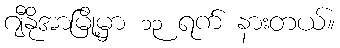
ဂျီနိုအာမြို့မှာ ၁၃ ရက် နားတယ်။